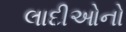
લાદીઓનો